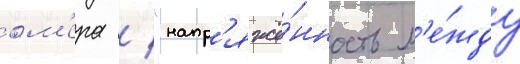
ом'ера / "напр'яжё́нность м'е́жду